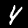
Label: 4